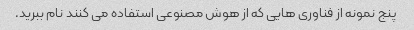
پنج نمونه از فناوری هایی که از هوش مصنوعی استفاده می کنند نام ببرید.